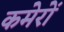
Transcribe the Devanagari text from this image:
कमेरों